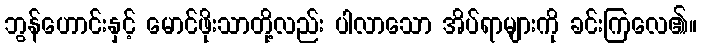
ဘွန်ဟောင်းနှင့် မောင်ဖိုးသာတို့လည်း ပါလာသော အိပ်ရာများကို ခင်းကြလေ၏။